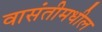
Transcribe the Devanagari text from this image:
वासंतीमधील